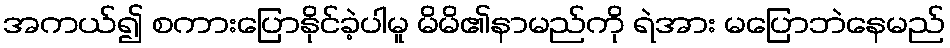
အကယ်၍ စကားပြောနိုင်ခဲ့ပါမူ မိမိ၏နာမည်ကို ရဲအား မပြောဘဲနေမည်